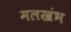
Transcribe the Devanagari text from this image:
मलखंभ